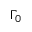
\Gamma _ { 0 }